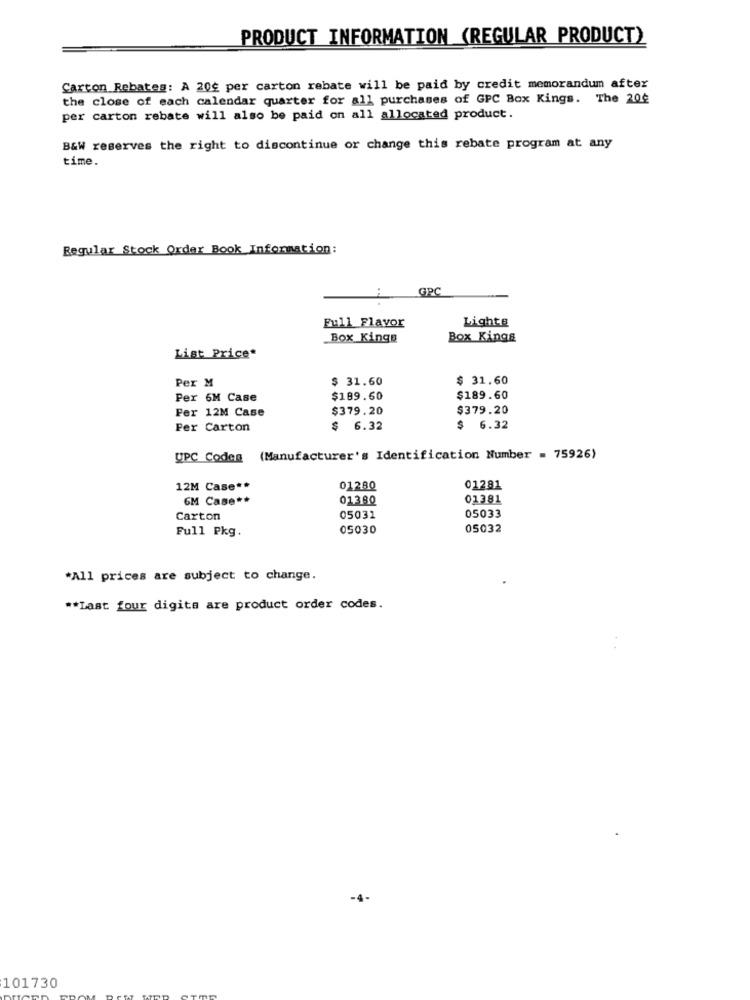
PRODUCT INFORMATION (REGULAR PRODUCT)
Carton Rebates: A 200 per carton rebate will be paid by credit memorandum after
the close of each calendar quarter for all purchases of GPC Box Kings. The 200
per carton rebate will also be paid on all allocated product.
B&W reserves the right to discontinue or change this rebate program at any
time.
Regular Stock Order Book Information:
GPC
Full_Flavor
Lights
Box Kings
Box Kings
List Price*
Per M
$ 31.60
$ 31.60
Per 6M Case
$189.60
$189.60
Fer 12M Case
$379.20
$379.20
Per Carton
$ 6.32
$ 6.32
UPC Codes (Manufacturer's Identification Number = 75926)
12M Case **
01280
01281
GM Case **
01380
01381
Carton
05031
05033
Full Pkg.
05030
05032
*All prices are subject to change.
** Last four digits are product order codes.
101730